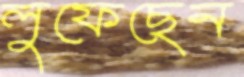
লুফেছেন